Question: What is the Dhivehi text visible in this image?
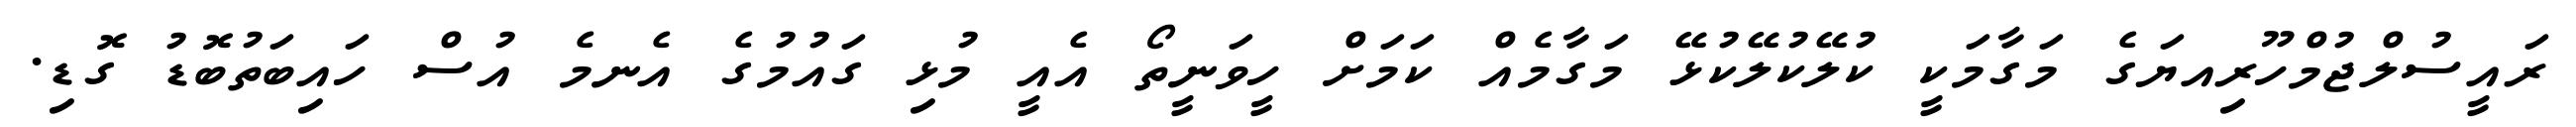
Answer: ރައީސުލްޖުމްހޫރިއޔަގެ މަގާމަކީ ކުލޭކުލޭކުޅޭ މަގާމެއް ކަމަށް ހީވަނީތޯ އެއީ މުޅި ގައުމުގެ އެނމެ އުސް ހައިބަތުބޮޑު ގޮޑި.